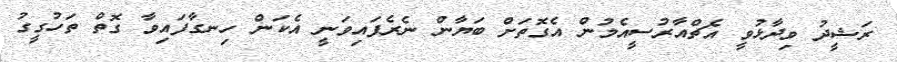
ރަޝީދު ވިދާޅުވީ އެޗްއާރުސީއެމުން އެގޮތަށް ބަޔާން ނެރެފައިވަނީ އެކަން ހިނގާފައިވާ ގޮތް ތަހުގީގު